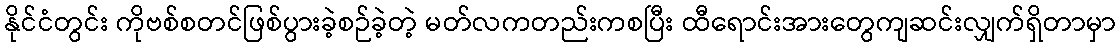
နိုင်ငံတွင်း ကိုဗစ်စတင်ဖြစ်ပွားခဲ့စဉ်ခဲ့တဲ့ မတ်လကတည်းကစပြီး ထီရောင်းအားတွေကျဆင်းလျှက်ရှိတာမှာ